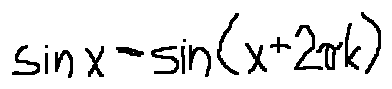
\sin x = \sin ( x + 2 \pi k )